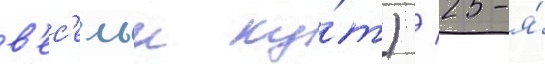
в'ес'елыи ку́т) / 25-я́